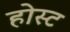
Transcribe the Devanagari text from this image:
होस्‍ट